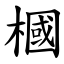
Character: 槶